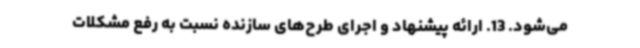
می‌شود. 13. ارائه پیشنهاد و اجرای طرح‌های سازنده نسبت به رفع مشکلات